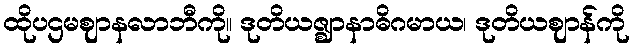
ထိုပဌမဈာနလာဘီကို။ ဒုတိယဇ္ဈာနာဓိဂမာယ၊ ဒုတိယဈာန်ကို